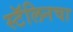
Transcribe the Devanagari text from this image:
स्टॅलिनचा